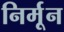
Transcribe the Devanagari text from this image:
निर्मून